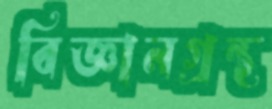
বিজ্ঞানগ্রন্থ